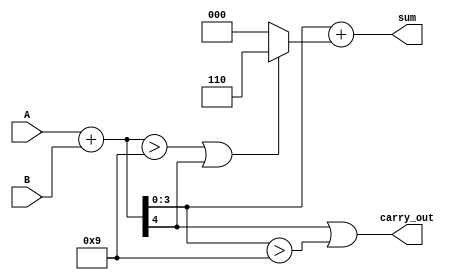
module BCD_Ripple_Carry_Adder (
    input [3:0] A,      // First BCD digit
    input [3:0] B,      // Second BCD digit
    output [3:0] sum,   // BCD sum result
    output carry_out     // Carry-out signal
);
    wire [4:0] raw_sum; // Intermediate sum with carry (5 bits to accommodate carry out)
    wire [3:0] correction; // Correction value

    // Calculate raw sum
    assign raw_sum = A + B;

    // Check for BCD correction
    assign correction = (raw_sum > 4'b1001) || raw_sum[4] ? 4'b0110 : 4'b0000; // Add 6 if needed

    // Final BCD sum
    assign sum = raw_sum[3:0] + correction; // 4-bit result
    assign carry_out = raw_sum[4] || (raw_sum[3:0] > 4'b1001); // Carry-out condition

endmodule